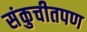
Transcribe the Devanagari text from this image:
संकुचीतपण